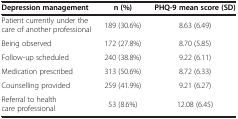
| Depression management | n (%) | PHQ-9 mean score (SD) |
 | --- | --- | --- |
 | Patient currently under the care of another professional | 189 (30.6%) | 8.63 (6.49) |
 | Being observed | 172 (27.8%) | 8.70 (5.85) |
 | Follow-up scheduled | 240 (38.8%) | 9.22 (6.11) |
 | Medication prescribed | 313 (50.6%) | 8.72 (6.33) |
 | Counselling provided | 259 (41.9%) | 9.21 (6.27) |
 | Referral to health care professional | 53 (8.6%) | 12.08 (6.45) |